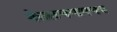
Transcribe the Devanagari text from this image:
बेसलचयापचय